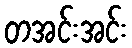
တအင်းအင်း